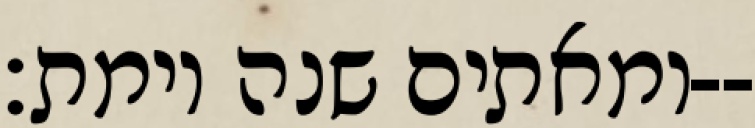
ומאתים שנה וימת׃--